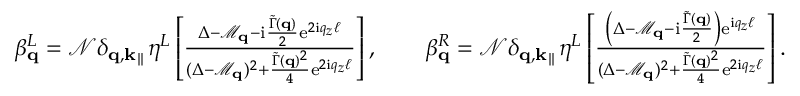
\begin{array} { r } { \beta _ { \mathbf { q } } ^ { L } = \mathcal { N } \delta _ { \mathbf { q } , \mathbf { k } _ { \parallel } } \eta ^ { L } \left[ \frac { \Delta - \mathcal { M } _ { \mathbf { q } } - \mathrm { i } \frac { \widetilde \Gamma ( \mathbf { q } ) } { 2 } \mathrm { e } ^ { 2 \mathrm { i } q _ { z } \ell } } { ( \Delta - \mathcal { M } _ { \mathbf { q } } ) ^ { 2 } + \frac { \widetilde \Gamma ( \mathbf { q } ) ^ { 2 } } { 4 } \mathrm { e } ^ { 2 \mathrm { i } q _ { z } \ell } } \right] , \qquad \beta _ { \mathbf { q } } ^ { R } = \mathcal { N } \delta _ { \mathbf { q } , \mathbf { k } _ { \parallel } } \eta ^ { L } \left[ \frac { \left( \Delta - \mathcal { M } _ { \mathbf { q } } - \mathrm { i } \frac { \widetilde \Gamma ( \mathbf { q } ) } { 2 } \right) \mathrm { e } ^ { \mathrm { i } q _ { z } \ell } } { ( \Delta - \mathcal { M } _ { \mathbf { q } } ) ^ { 2 } + \frac { \widetilde \Gamma ( \mathbf { q } ) ^ { 2 } } { 4 } \mathrm { e } ^ { 2 \mathrm { i } q _ { z } \ell } } \right] . } \end{array}